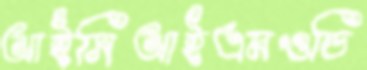
আইসিআইএমওডি